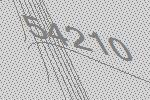
54210